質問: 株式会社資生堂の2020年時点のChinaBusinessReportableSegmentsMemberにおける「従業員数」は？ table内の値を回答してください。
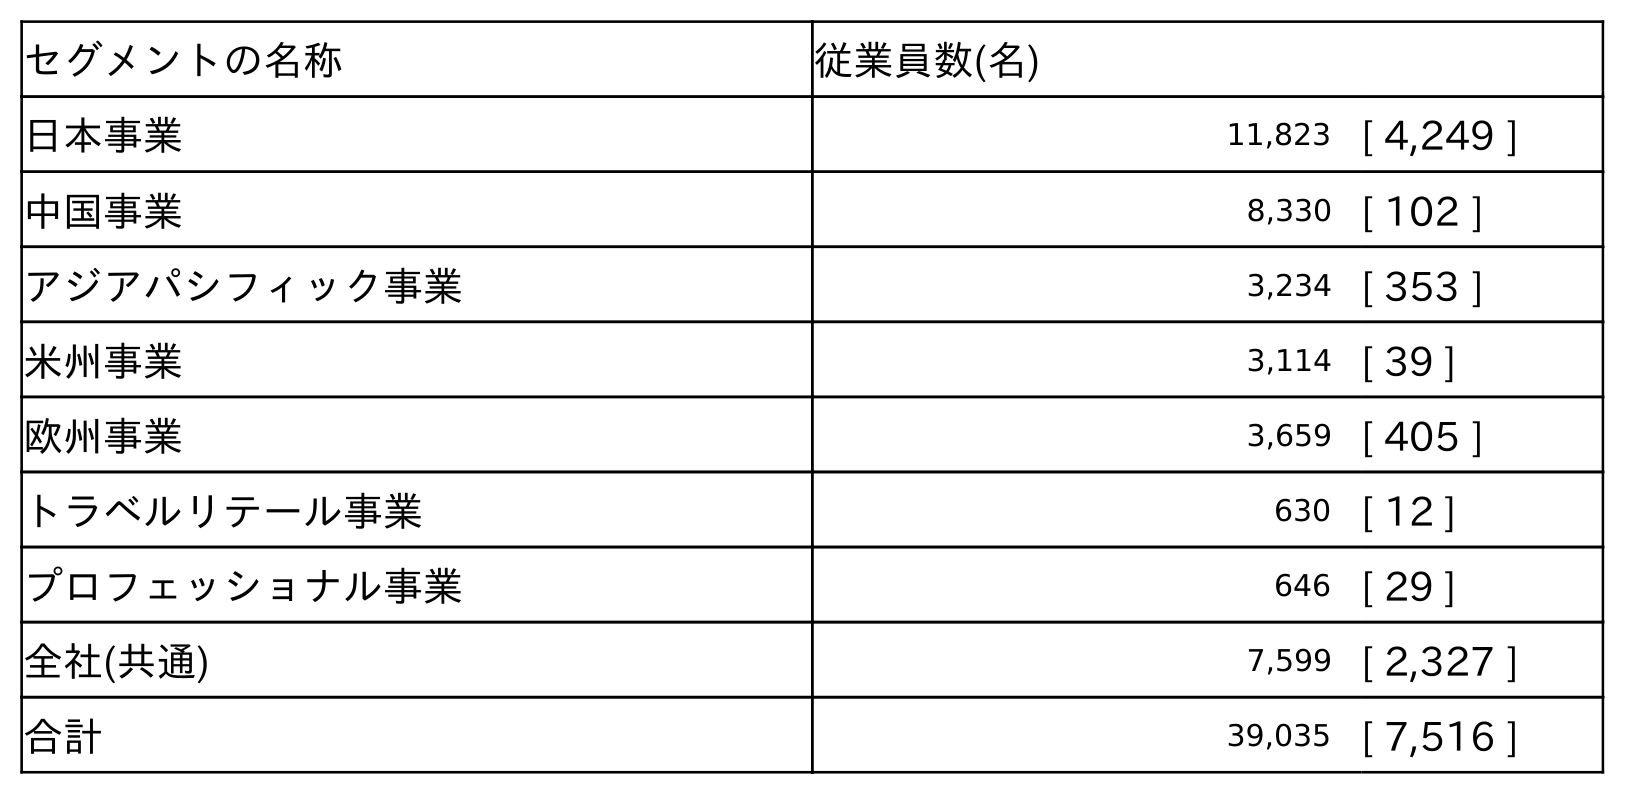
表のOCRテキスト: セグメントの名称 従業員数(名) 日本事業 11,823 [ 4,249 ] 中国事業 8,330 [ 102 ] アジアパシフィック事業 3,234 [ 353 ] 米州事業 3,114 [ 39 ] 欧州事業 3,659 [ 405 ] トラベルリテール事業 630 [ 12 ] プロフェッショナル事業 646 [ 29 ] 全社(共通) 7,599 [ 2,327 ] 合計 39,035 [ 7,516 ]
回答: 8,330